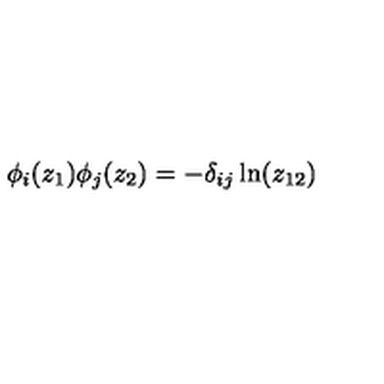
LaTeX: \phi _ { i } ( z _ { 1 } ) \phi _ { j } ( z _ { 2 } ) = - \delta _ { i j } \ln ( z _ { 1 2 } )